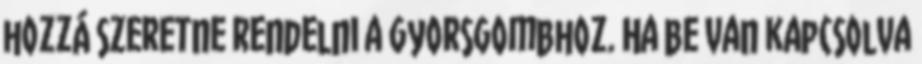
hozzá szeretne rendelni a gyorsgombhoz. Ha be van kapcsolva